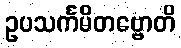
ဥပသင်္ကမိတဗ္ဗောတိ